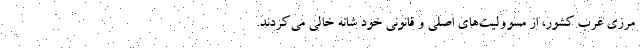
مرزي غرب كشور، از مسووليت‌هاي اصلي و قانوني خود شانه خالي مي‌كردند.